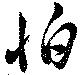
怕